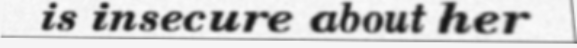
is insecure about her